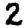
Digit: 2